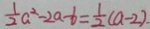
\frac { 1 } { 2 } a ^ { 2 } - 2 a - b = \frac { 1 } { 2 } ( a - 2 ) .